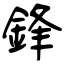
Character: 鋒